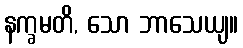
နက္ခမတိ, သော ဘာသေယျ။